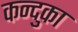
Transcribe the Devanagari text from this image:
कन्दुका